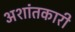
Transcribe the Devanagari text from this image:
अशांतकारी